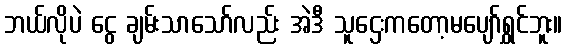
ဘယ်လိုပဲ ငွေ ချမ်းသာသော်လည်း အဲဒီ သူဌေးကတော့မပျော်ရွှင်ဘူး။